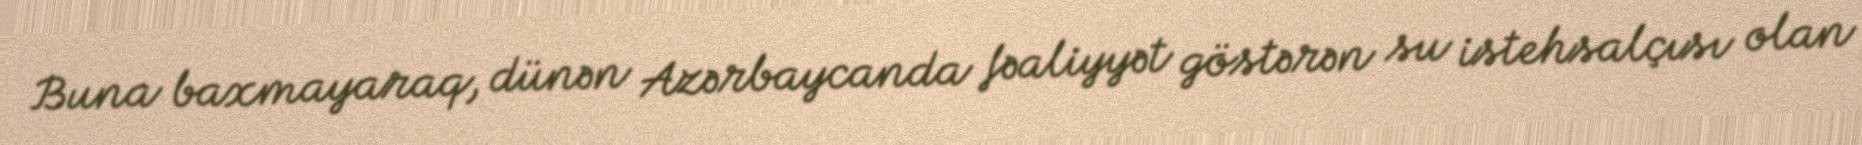
Buna baxmayaraq, dünən Azərbaycanda fəaliyyət göstərən su istehsalçısı olan